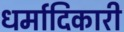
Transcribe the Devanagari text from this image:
धर्मादिकारी